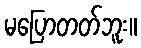
မပြောတတ်ဘူး။